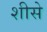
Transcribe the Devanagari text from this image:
शीसे